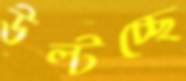
উল্‌টচ্ছে